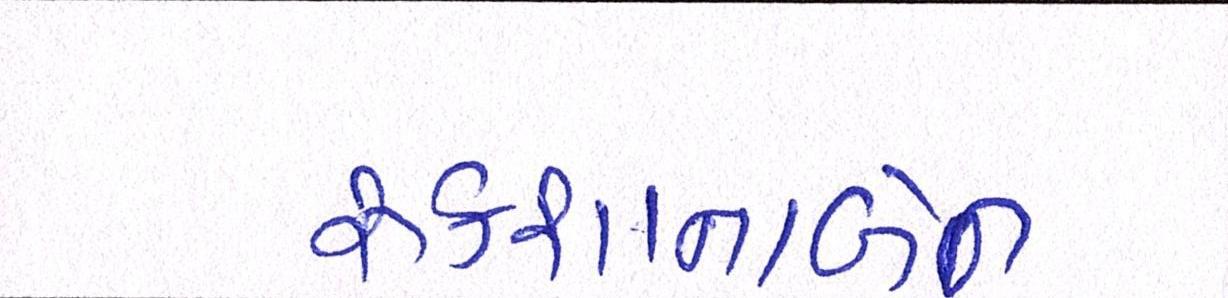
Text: રૂકશાનાબેન